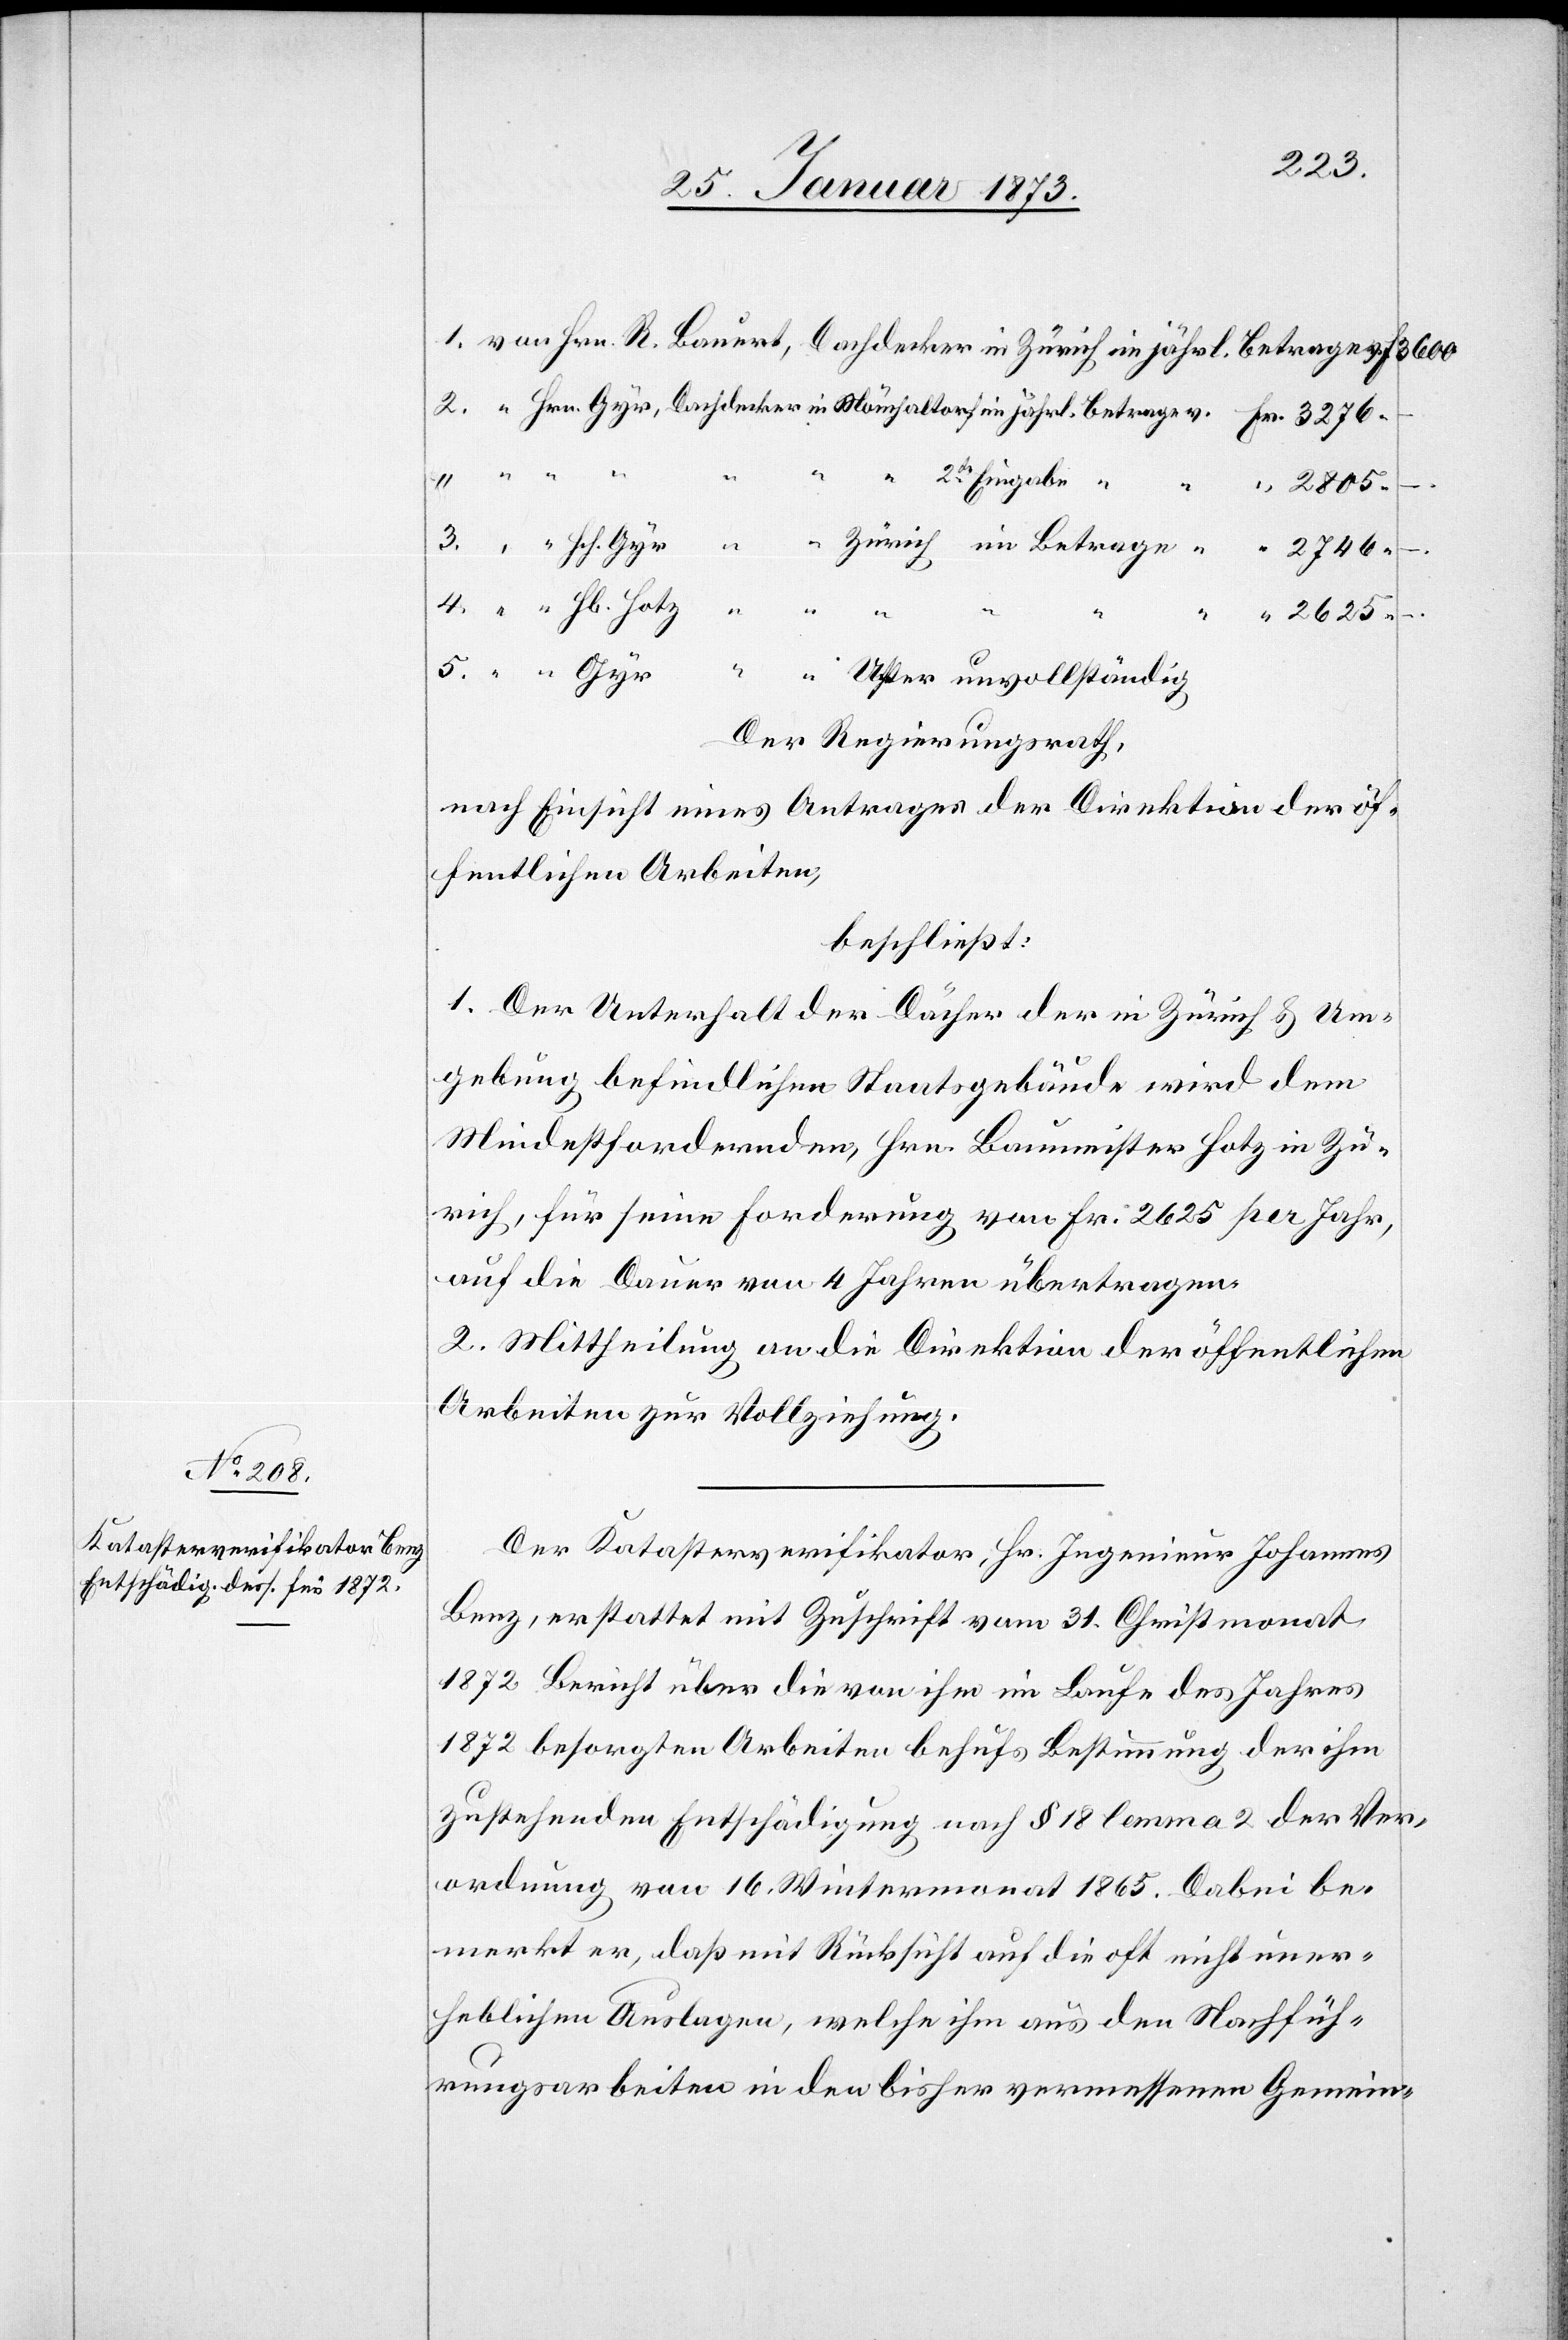
2625.
1. von Hrn. R. Bauert, Dachdecker in Zürich ein jährl. Betrage v. Fr.
2. “ Hrn. Gyr, Dachdecker in Mönchaltorf ein jährl. Betrage v. “ 3276.
“ “
“ 2te Eingabe “
–.
3. “ “ Hch. Gyr “ “ Zürich im Betrage “ “ 2746.
–.
4. “ “ Jb. Hotz “ “
5. “ “ Gyr “ “ Uster unvollständig
Der Regierungsrath,
nach Einsicht eines Antrages der Direktion der öf¬
fentlichen Arbeiten,
beschließt:
1. Der Unterhalt der Dächer der in Zürich u. Um¬
gebung befindlichen Staatsgebäude wird dem
Mindestfordernden, Hrn. Baumeister Hotz in Zü¬
rich, für seine Forderung von Fr. 2625 pro Jahr,
auf die Dauer von 4 Jahren übertragen.
2. Mittheilung an die Direktion der öffentlichen
Arbeiten zur Vollziehung.
Der Katasterverifikator, Hr. Ingenieur Johannes
Benz, erstattet mit Zuschrift vom 31. Christmonat
1872 Bericht über die von ihm im Laufe des Jahres
1872 besorgten Arbeiten behufs Bestimmung der ihm
zustehenden Entschädigung nach § 18 Lemma 2 der Ver¬
ordnung von [sic!] 16. Wintermonat 1865. Dabei be¬
merkt er, daß mit Rücksicht auf die oft nicht uner¬
heblichen Auslagen, welche ihm aus den Nachfüh¬
rungsarbeiten in den bisher vermessenen Gemein-